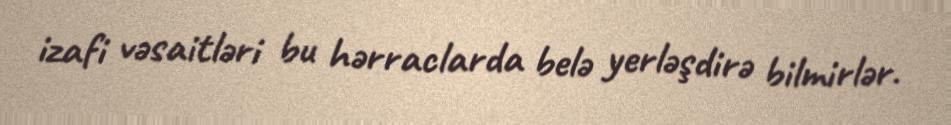
izafi vəsaitləri bu hərraclarda belə yerləşdirə bilmirlər.